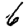
Digit: 6